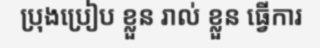
ប្រុងប្រៀប ខ្លួន រាល់ ខ្លួន ធ្វើការ